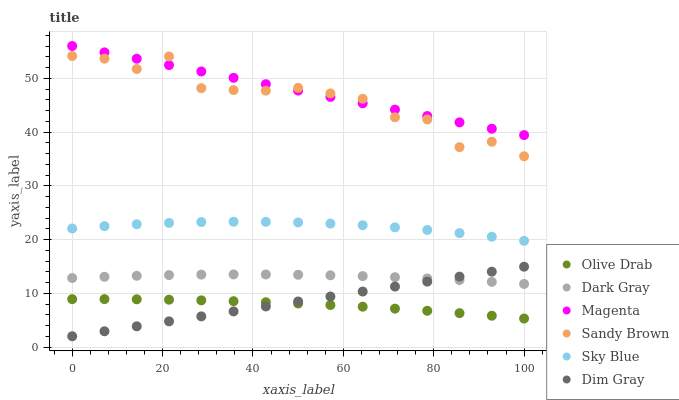
| xaxis_label | Olive Drab | Dark Gray | Magenta | Sandy Brown | Sky Blue | Dim Gray |
 | --- | --- | --- | --- | --- | --- | --- |
 | 0 | 8.9 | 12.8 | 56 | 54.1 | 22 | 2 |
 | 7.14 | 8.91 | 13.1 | 54.8 | 53.7 | 22.5 | 2.92 |
 | 14.3 | 8.87 | 13.2 | 53.6 | 51.7 | 22.8 | 3.85 |
 | 21.4 | 8.8 | 13.4 | 52.4 | 54.1 | 23.1 | 4.77 |
 | 28.6 | 8.68 | 13.5 | 51.3 | 48.2 | 23.2 | 5.7 |
 | 35.7 | 8.53 | 13.5 | 50.1 | 47.8 | 23.3 | 6.62 |
 | 42.9 | 8.33 | 13.5 | 48.9 | 47.7 | 23.3 | 7.55 |
 | 50 | 8.09 | 13.4 | 47.7 | 48.2 | 23.2 | 8.47 |
 | 57.1 | 7.82 | 13.3 | 46.5 | 47.2 | 23 | 9.39 |
 | 64.3 | 7.5 | 13.2 | 45.3 | 46.2 | 22.7 | 10.3 |
 | 71.4 | 7.14 | 13 | 44.2 | 42.7 | 22.3 | 11.2 |
 | 78.6 | 6.74 | 12.7 | 43 | 42.3 | 21.8 | 12.2 |
 | 85.7 | 6.3 | 12.5 | 41.8 | 37.2 | 21.2 | 13.1 |
 | 92.9 | 5.82 | 12.1 | 40.6 | 38.2 | 20.5 | 14 |
 | 100 | 5.3 | 11.7 | 39.4 | 35.5 | 19.8 | 14.9 |